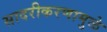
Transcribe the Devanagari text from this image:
सादरीकरणामुळे